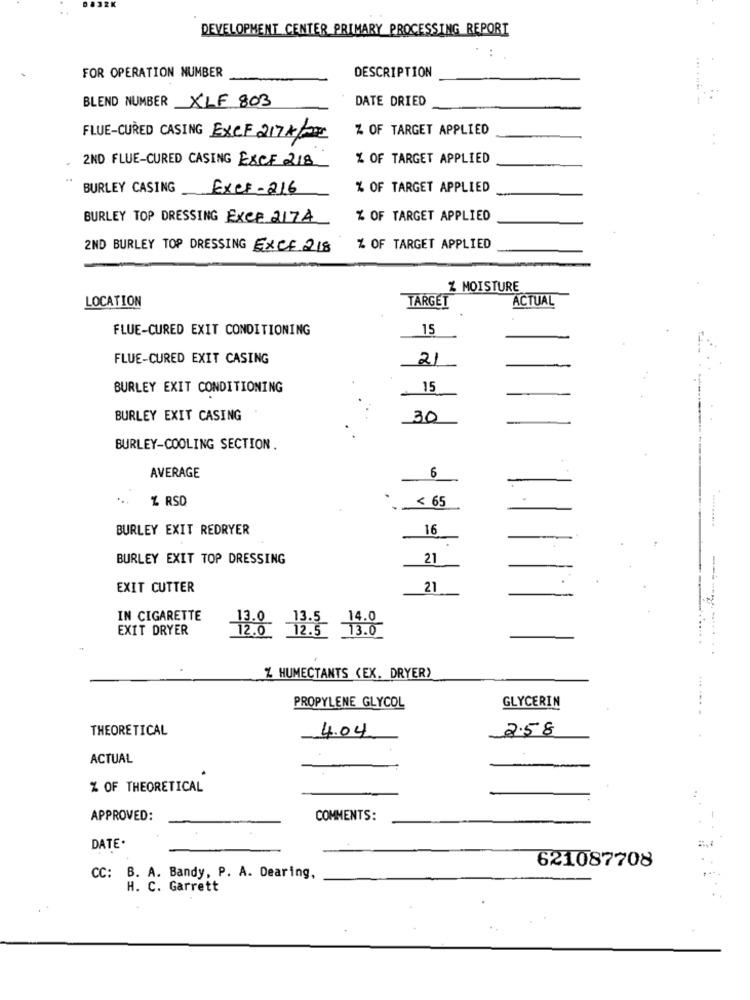
DEVELOPMENT CENTER PRIMARY PROCESSING REPORT
FOR OPERATION NUMBER
DESCRIPTION
BLEND NUMBER XLF 803
DATE DRIED
% OF TARGET APPLIED
FLUE-CURED CASING EXCF 217 4/2
2ND FLUE-CURED CASING ESCF 218
% OF TARGET APPLIED
BURLEY CASING
ExCF -216
% OF TARGET APPLIED
BURLEY TOP DRESSING EXCE 2174
% OF TARGET APPLIED
2ND BURLEY TOP DRESSING EXCE 218
% OF TARGET APPLIED
Z MOISTURE
LOCATION
TARGET
ACTUAL
FLUE-CURED EXIT CONDITIONING
15
FLUE-CURED EXIT CASING
2
BURLEY EXIT CONDITIONING
15
BURLEY EXIT CASING
30
BURLEY-COOLING SECTION.
6
AVERAGE
-
% RSD
< 65
BURLEY EXIT REDRYER
16
BURLEY EXIT TOP DRESSING
21
EXIT CUTTER
21
-----.
IN CIGARETTE
14.0
EXIT DRYER
12.0 12.5
13.0
% HUMECTANTS (EX. DRYER>
PROPYLENE GLYCOL
GLYCERIN
THEORETICAL
4.04
2.58
ACTUAL
.
% OF THEORETICAL
APPROVED:
COMMENTS:
DATE.
621087708
CC: B. A. Bandy, P. A. Dearing,
H. C. Garrett